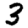
Digit: 3